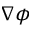
{ \nabla \phi }